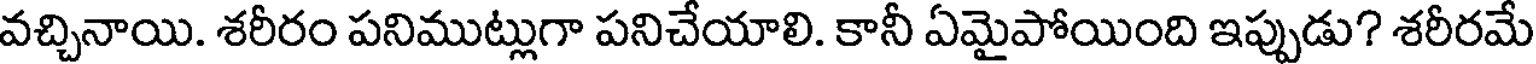
వచ్చినాయి. శరీరం పనిముట్లుగా పనిచేయాలి. కానీ ఏమైపోయింది ఇప్పుడు? శరీరమే